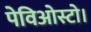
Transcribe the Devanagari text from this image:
पेविओस्टो।